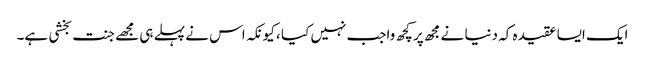
ایک ایسا عقیدہ کہ دنیا نے مجھ پر کچھ واجب نہیں کیا ، کیونکہ اس نے پہلے ہی مجھے جنت بخشی ہے۔